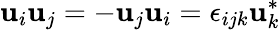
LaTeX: \mathbf{u}_{i}\mathbf{u}_{j}=-\mathbf{u}_{j}\mathbf{u}_{i}=\epsilon_{ijk}\mathbf{u}_{k}^{*}